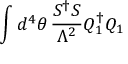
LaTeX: \int d ^ { 4 } \theta \, \frac { S ^ { \dag } S } { \Lambda ^ { 2 } } Q _ { 1 } ^ { \dag } Q _ { 1 }